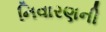
નિવારણની